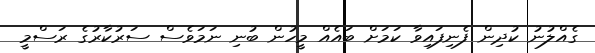
ގެއްލުނު ކުދިން ފެނިފައިވާ ކަމަށް ބައެއް މީހުން ބުނި ނަމަވެސް ސަރުކާރުގެ ރަސްމީ